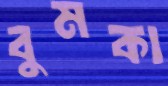
বুমকা